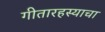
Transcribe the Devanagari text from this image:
गीतारहस्याचा